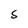
Character: S